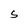
Character: S